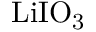
\mathrm { L i I O _ { 3 } }